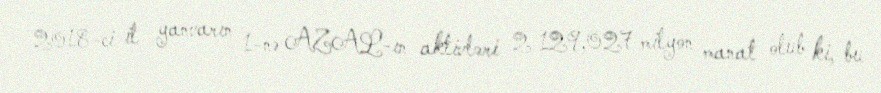
2018-ci il yanvarın 1-nə AZAL-ın aktivləri 2 129,027 milyon manat olub ki, bu